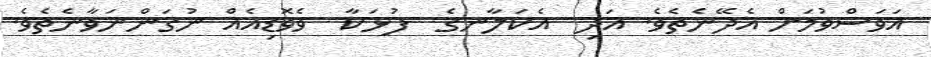
އަވަސްވުމަށް އެދޭނެތެވެ. އަދި  އެކަލާނގެ  ފުޅަކާ  ވެވޮޑިއެއް ނުގަންނަވާނެތެވެ.